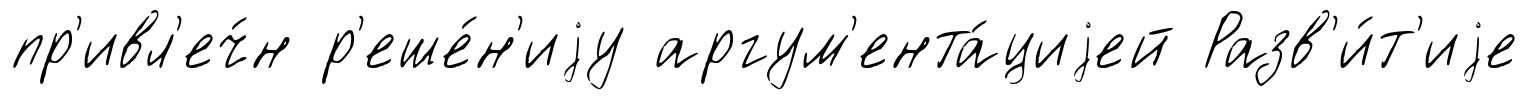
пр'ивл'еч́н р'еше́н'иjу аргум'ента́циjей Разв'и́т'иjе